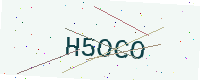
Text: H5OCO